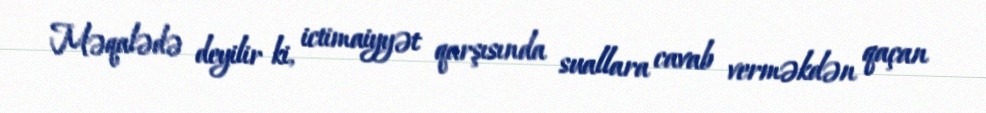
Məqalədə deyilir ki, ictimaiyyət qarşısında suallara cavab verməkdən qaçan